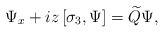
\begin{align*}\Psi_x+iz\left[\sigma_3,\Psi\right]=\widetilde{Q} \Psi,\end{align*}